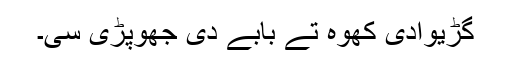
گڑیوادی کُھوہ تے بابے دی جھوپڑی سی۔